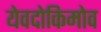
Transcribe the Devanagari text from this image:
येवदोकिमोव